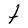
Character: t